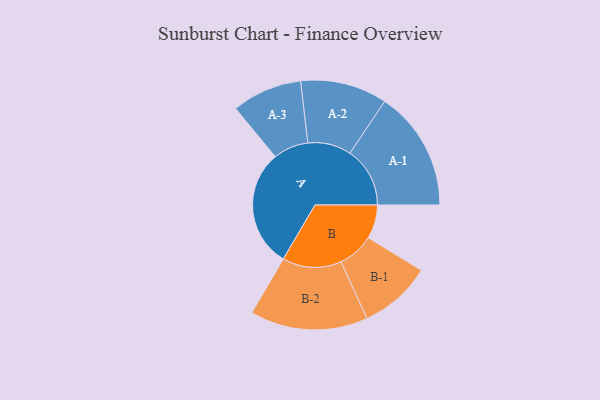
{"axis": {"x": "Segment", "y": "Value"}, "legend": ["", "A", "B"], "data": [{"x": "A", "y": 426, "type": ""}, {"x": "B", "y": 122, "type": ""}, {"x": "A-1", "y": 217, "type": "A"}, {"x": "A-2", "y": 157, "type": "A"}, {"x": "A-3", "y": 127, "type": "A"}, {"x": "B-1", "y": 131, "type": "B"}, {"x": "B-2", "y": 213, "type": "B"}]}